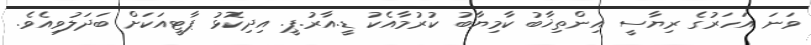
ވަނަ އަހަރުގެ ރިޔާސީ އިންތިޚާބު ކާމިޔާބު ކުރުމާއެކު ޑީ.އާރު.ޕީ. އިދިކޮޅު ޕާޓީއަކަށް ބަދަލުވިއެވެ.